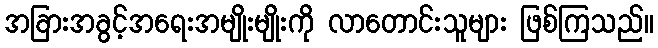
အခြားအခွင့်အရေးအမျိုးမျိုးကို လာတောင်းသူများ ဖြစ်ကြသည်။